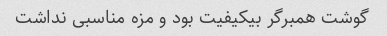
گوشت همبرگر بیکیفیت بود و مزه مناسبی نداشت